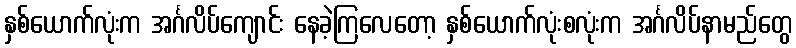
နှစ်ယောက်လုံးက အင်္ဂလိပ်ကျောင်း နေခဲ့ကြလေတော့ နှစ်ယောက်လုံးစလုံးက အင်္ဂလိပ်နာမည်တွေ